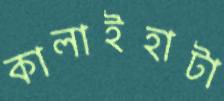
কালাইহাটা